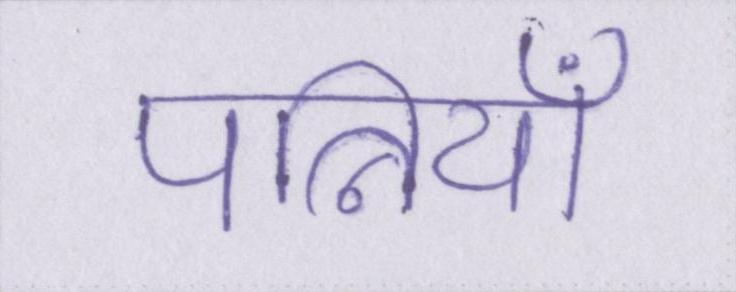
पत्नियाँ